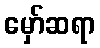
မှော်ဆရာ